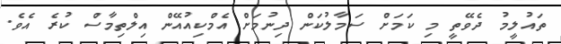
ތައުލީމު ދެވޭތީ މި ކަމަށް ސަމާލުކަން ދިނުމަށް އެމްކިއުއޭން އިލްތިމާސް ކުރެ އެވެ.